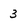
Character: 3